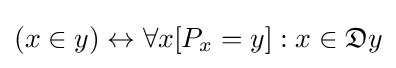
(x\in y)\leftrightarrow \forall x[P_{x}=y]:x\in {\mathfrak {D}}y